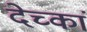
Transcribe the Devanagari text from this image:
देच्कां